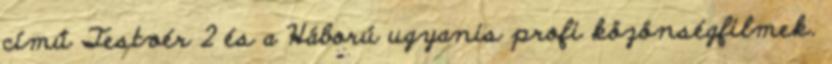
című Testvér 2 és a Háború ugyanis profi közönségfilmek.